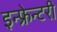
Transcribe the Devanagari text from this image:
इन्फ्रेन्टरी